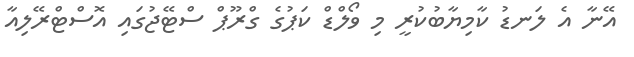
އޭނާ އެ ލަނޑު ކާމިޔާބުކުރީ މި ވޯލްޑް ކަޕުގެ ގްރޫޕް ސްޓޭޖުގައި އޮސްޓްރޭލިއާ